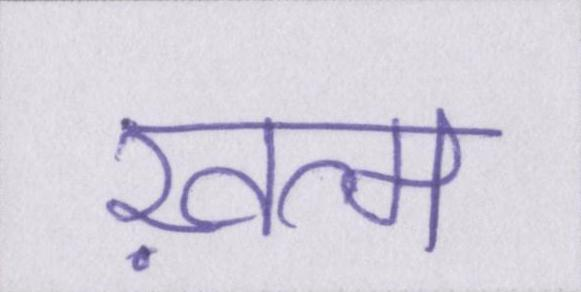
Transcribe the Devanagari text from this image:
ख़त्म